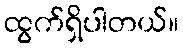
ထွက်ရှိပါတယ်။